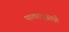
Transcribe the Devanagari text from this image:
पाठ्यापुस्तके